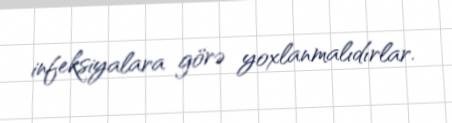
infeksiyalara görə yoxlanmalıdırlar.